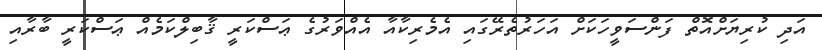
އަދި ކުރިޔަށްއޮތް ފަންސަވީހަކަށް އަހަރުތެރޭގައި އެމެރިކާއާ އެއްވަރުގެ ޢަސްކަރީ ޤާބިލްކަމެއް ޢަސްކަރީ ބާރާއި